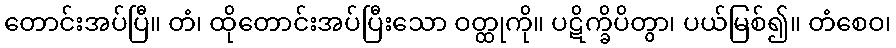
တောင်းအပ်ပြီ။ တံ၊ ထိုတောင်းအပ်ပြီးသော ဝတ္ထုကို။ ပဋိက္ခိပိတွာ၊ ပယ်မြစ်၍။ တံစေဝ၊